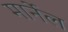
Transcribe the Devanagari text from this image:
मार्नेल